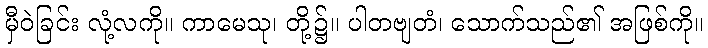
မှီဝဲခြင်း လုံ့လကို။ ကာမေသု၊ တို့၌။ ပါတဗျတံ၊ သောက်သည်၏ အဖြစ်ကို။